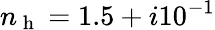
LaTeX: n_{\mathrm{~h~}}=1.5+i10^{-1}